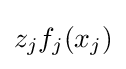
z_{j}f_{j}(x_{j})